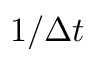
1 / \Delta t